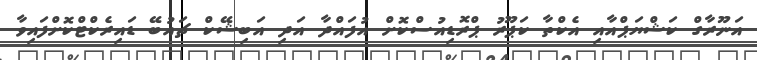
އަނޫރާގް ކަޝްޔަޕްއާއި އެކްތާ ކަޕޫރު ޕްރޮޑިއުސްކޮށް އުފައްދާ އަދި އަބިޝޭކް ޗައުބޭ ޑައިރެކްޓްކޮށްފައިވާ